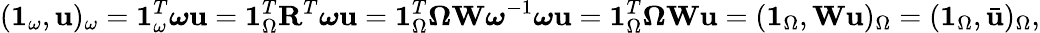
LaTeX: (\mathbf{1}_{\omega},\mathbf{u})_{\omega}=\mathbf{1}_{\omega}^{T}\boldsymbol{\omega}\mathbf{u}=\mathbf{1}_{\Omega}^{T}\mathbf{R}^{T}\boldsymbol{\omega}\mathbf{u}=\mathbf{1}_{\Omega}^{T}\boldsymbol{\Omega}\mathbf{W}\boldsymbol{\omega}^{-1}\boldsymbol{\omega}\mathbf{u}=\mathbf{1}_{\Omega}^{T}\boldsymbol{\Omega}\mathbf{W}\mathbf{u}=(\mathbf{1}_{\Omega},\mathbf{W}\mathbf{u})_{\Omega}=(\mathbf{1}_{\Omega},\bar{\mathbf{u}})_{\Omega},